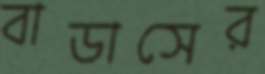
বাডাসের